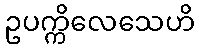
ဥပက္ကိလေသေဟိ